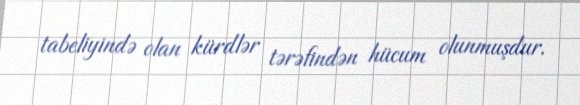
tabeliyində olan kürdlər tərəfindən hücum olunmuşdur.